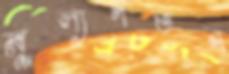
মূল্যপতন